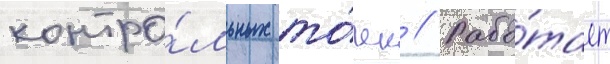
контро́льных то́чек // Рабо́тает